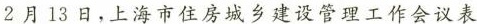
2月13日，上海市住房城乡建设管理工作会议表